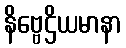
နိဗ္ဗေဌိယမာနာ